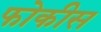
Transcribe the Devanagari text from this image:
फोकीस